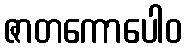
ဇာတကောပေါဝ